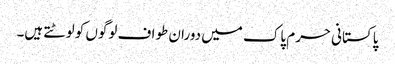
پاکستانی حرم پاک میں دوران طواف لوگوں کو لوٹتے ہیں۔